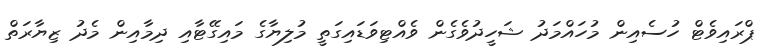
ޕްރައިވެޓް ހުސެއިން މުހައްމަދު ޝަހީދުވެގެން ވެއްޓިވަޑައިގަތީ މުލިޔާގެ މައިގޭޓާއި ދިމާއިން މެދު ޒިޔާރަތް